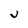
Character: V